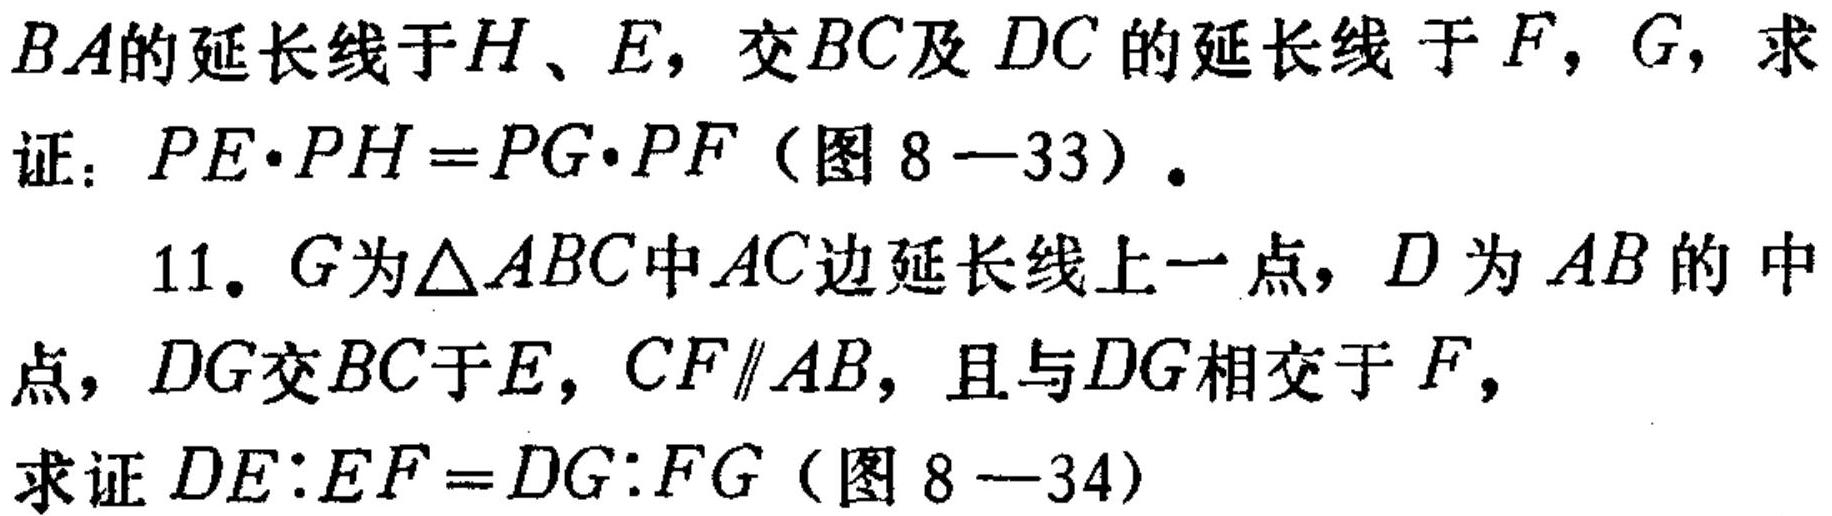
$BA$的延长线于$H、E$，交$BC$及$DC$的延长线于$F，G$，求
证：$PE\cdot PH = PG\cdot PF$（图8—33）。
11. $G$为$\triangle ABC$中$AC$边延长线上一点，$D$为$AB$的中
点，$DG$交$BC$于$E$，$CF\parallel AB$，且与$DG$相交于$F$，
求证$DE:EF = DG:FG$（图8—34）